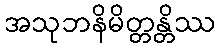
အသုဘနိမိတ္တန္တိဿ